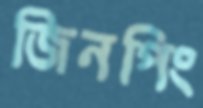
জিনপিং